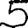
Digit: 5